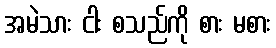
အမဲသား ငါး စသည်ကို စား မစား